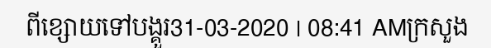
ពីខ្សោយទៅបង្គួរ31-03-2020 | 08:41 AMក្រសួង